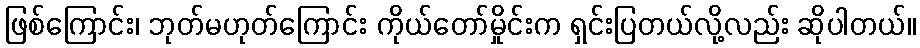
ဖြစ်ကြောင်း၊ ဘုတ်မဟုတ်ကြောင်း ကိုယ်တော်မှိုင်းက ရှင်းပြတယ်လို့လည်း ဆိုပါတယ်။